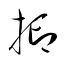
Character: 抑